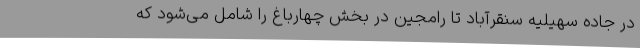
در جاده سهیلیه سنقرآباد تا رامجین در بخش چهارباغ را شامل می‌شود که